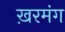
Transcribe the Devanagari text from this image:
ख़रमंग